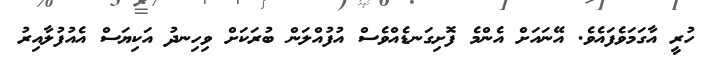
ހުރީ އާގަމަވެފައެވެ. އޭނައަށް އެންމެ ފޮށިގަނޑެއްވެސް އުފުއްލަން ބުރަކަށް ވިހިނދު އަކިޔަސް އެއުފުލާއިރު